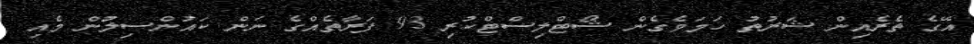
އޭގެ ތެރެއިން ޝަރުތު ހަމަވެގެން ޝޯޓްލިސްޓްކުރި 93 ފަރާތެއްގެ ނަން ކައުންސިލުން މެއި